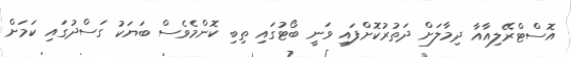
އޮސްޓްރޭލިއާއާ ދިމާލަށް ދަތުރުކޮށްފައި ވަނީ ބޯޓުގައި ތިބި ކޮންމެވެސް ބަޔަކު ގަސްދުގައި ކަމަށް